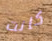
كانت